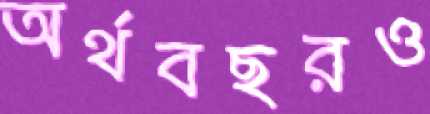
অর্থবছরও